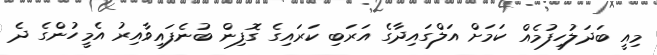
މިއީ ބަދަލުހިފުމެއް ކަމަށް އަލްގައިދާގެ އަރަބި ކަރައިގެ ގޮފިން ބުނެފައިވާއިރު އެމީހުންގެ ދެ